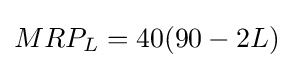
MRP_{L}=40(90-2L)